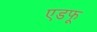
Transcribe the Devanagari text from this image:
एडफू